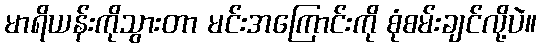
မာရိယန်းကိုသွားတာ မင်းအကြောင်းကို စုံစမ်းချင်လို့ပဲ။